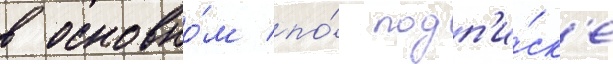
в основно́м по́ подп'и́ск'е